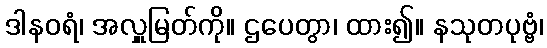
ဒါနဝရံ၊ အလှူမြတ်ကို။ ဌပေတွာ၊ ထား၍။ နသုတပုဗ္ဗံ၊